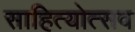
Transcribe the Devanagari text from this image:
साहित्योत्सव